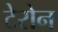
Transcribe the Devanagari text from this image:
टेरोन